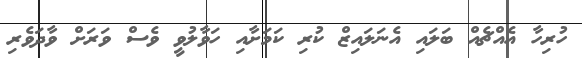
ހުރިހާ އެއްޗެއް ބަލައި އެނަލައިޒް ކުރި ކަމަށާއި ހަވާލުވީ ވެސް ވަރަށް ވާދަވެރި